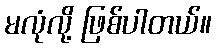
မလုံလို့ ဖြစ်ပါတယ်။